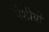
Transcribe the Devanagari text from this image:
पेशीयों